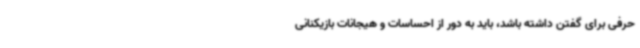
حرفی برای گفتن داشته باشد، باید به دور از احساسات و هیجانات بازیکنانی